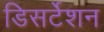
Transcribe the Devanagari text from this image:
डिसर्टेशन